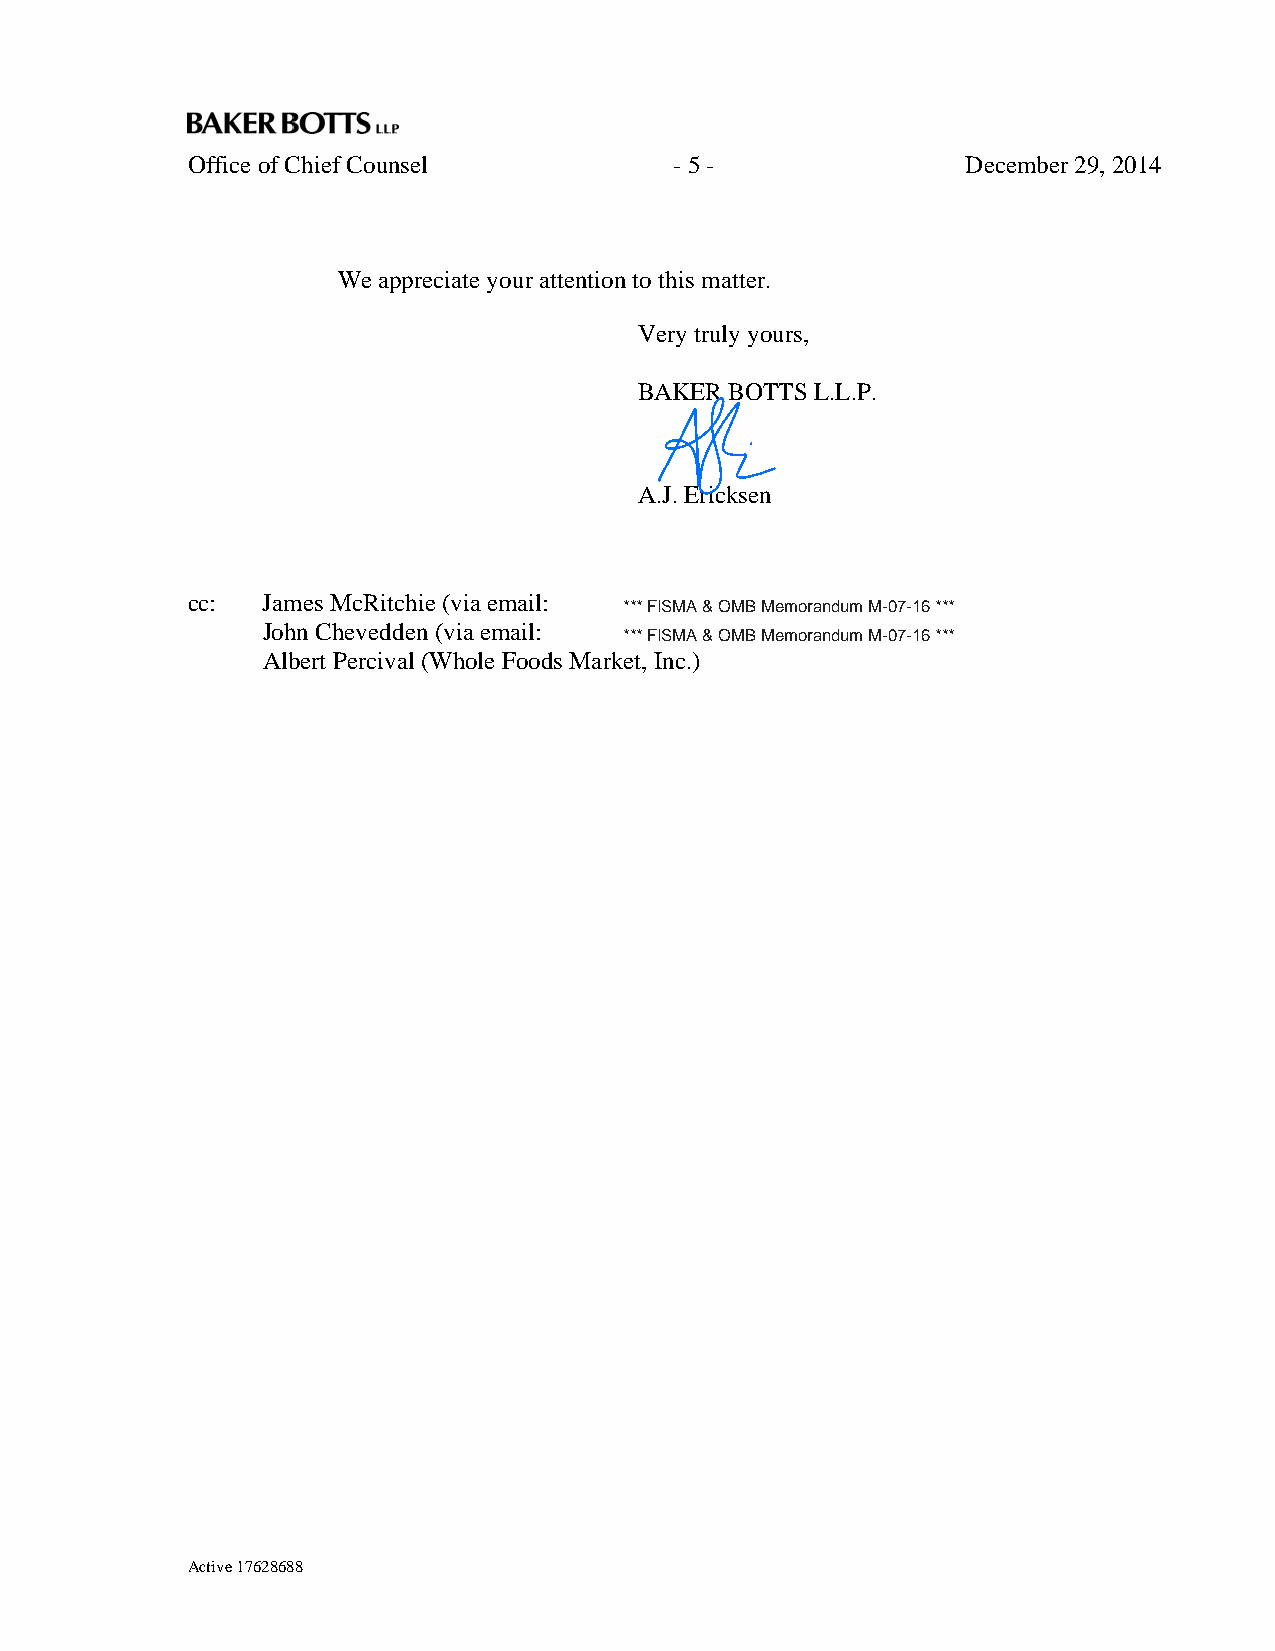
Office of Chief Counsel          - 5 -              December 29, 2014
 We appreciate your attention to this matter.
 Very truly yours,
 BAKER BOTTS L.L.P.
 A.J. Ericksen
 cc:  James McRitchie (via email:
 *** FISMA & OMB Memorandum M-07-16 ***
 John Chevedden (via email:
 *** FISMA & OMB Memorandum M-07-16 ***
 Albert Percival (Whole Foods Market, Inc.)
 Active 17628688